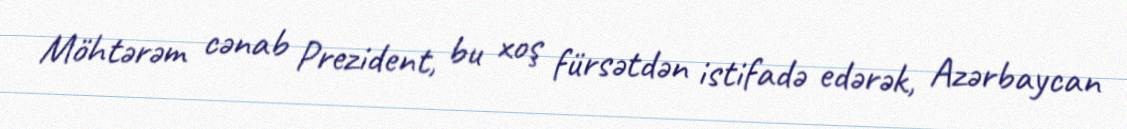
Möhtərəm cənab Prezident, bu xoş fürsətdən istifadə edərək, Azərbaycan